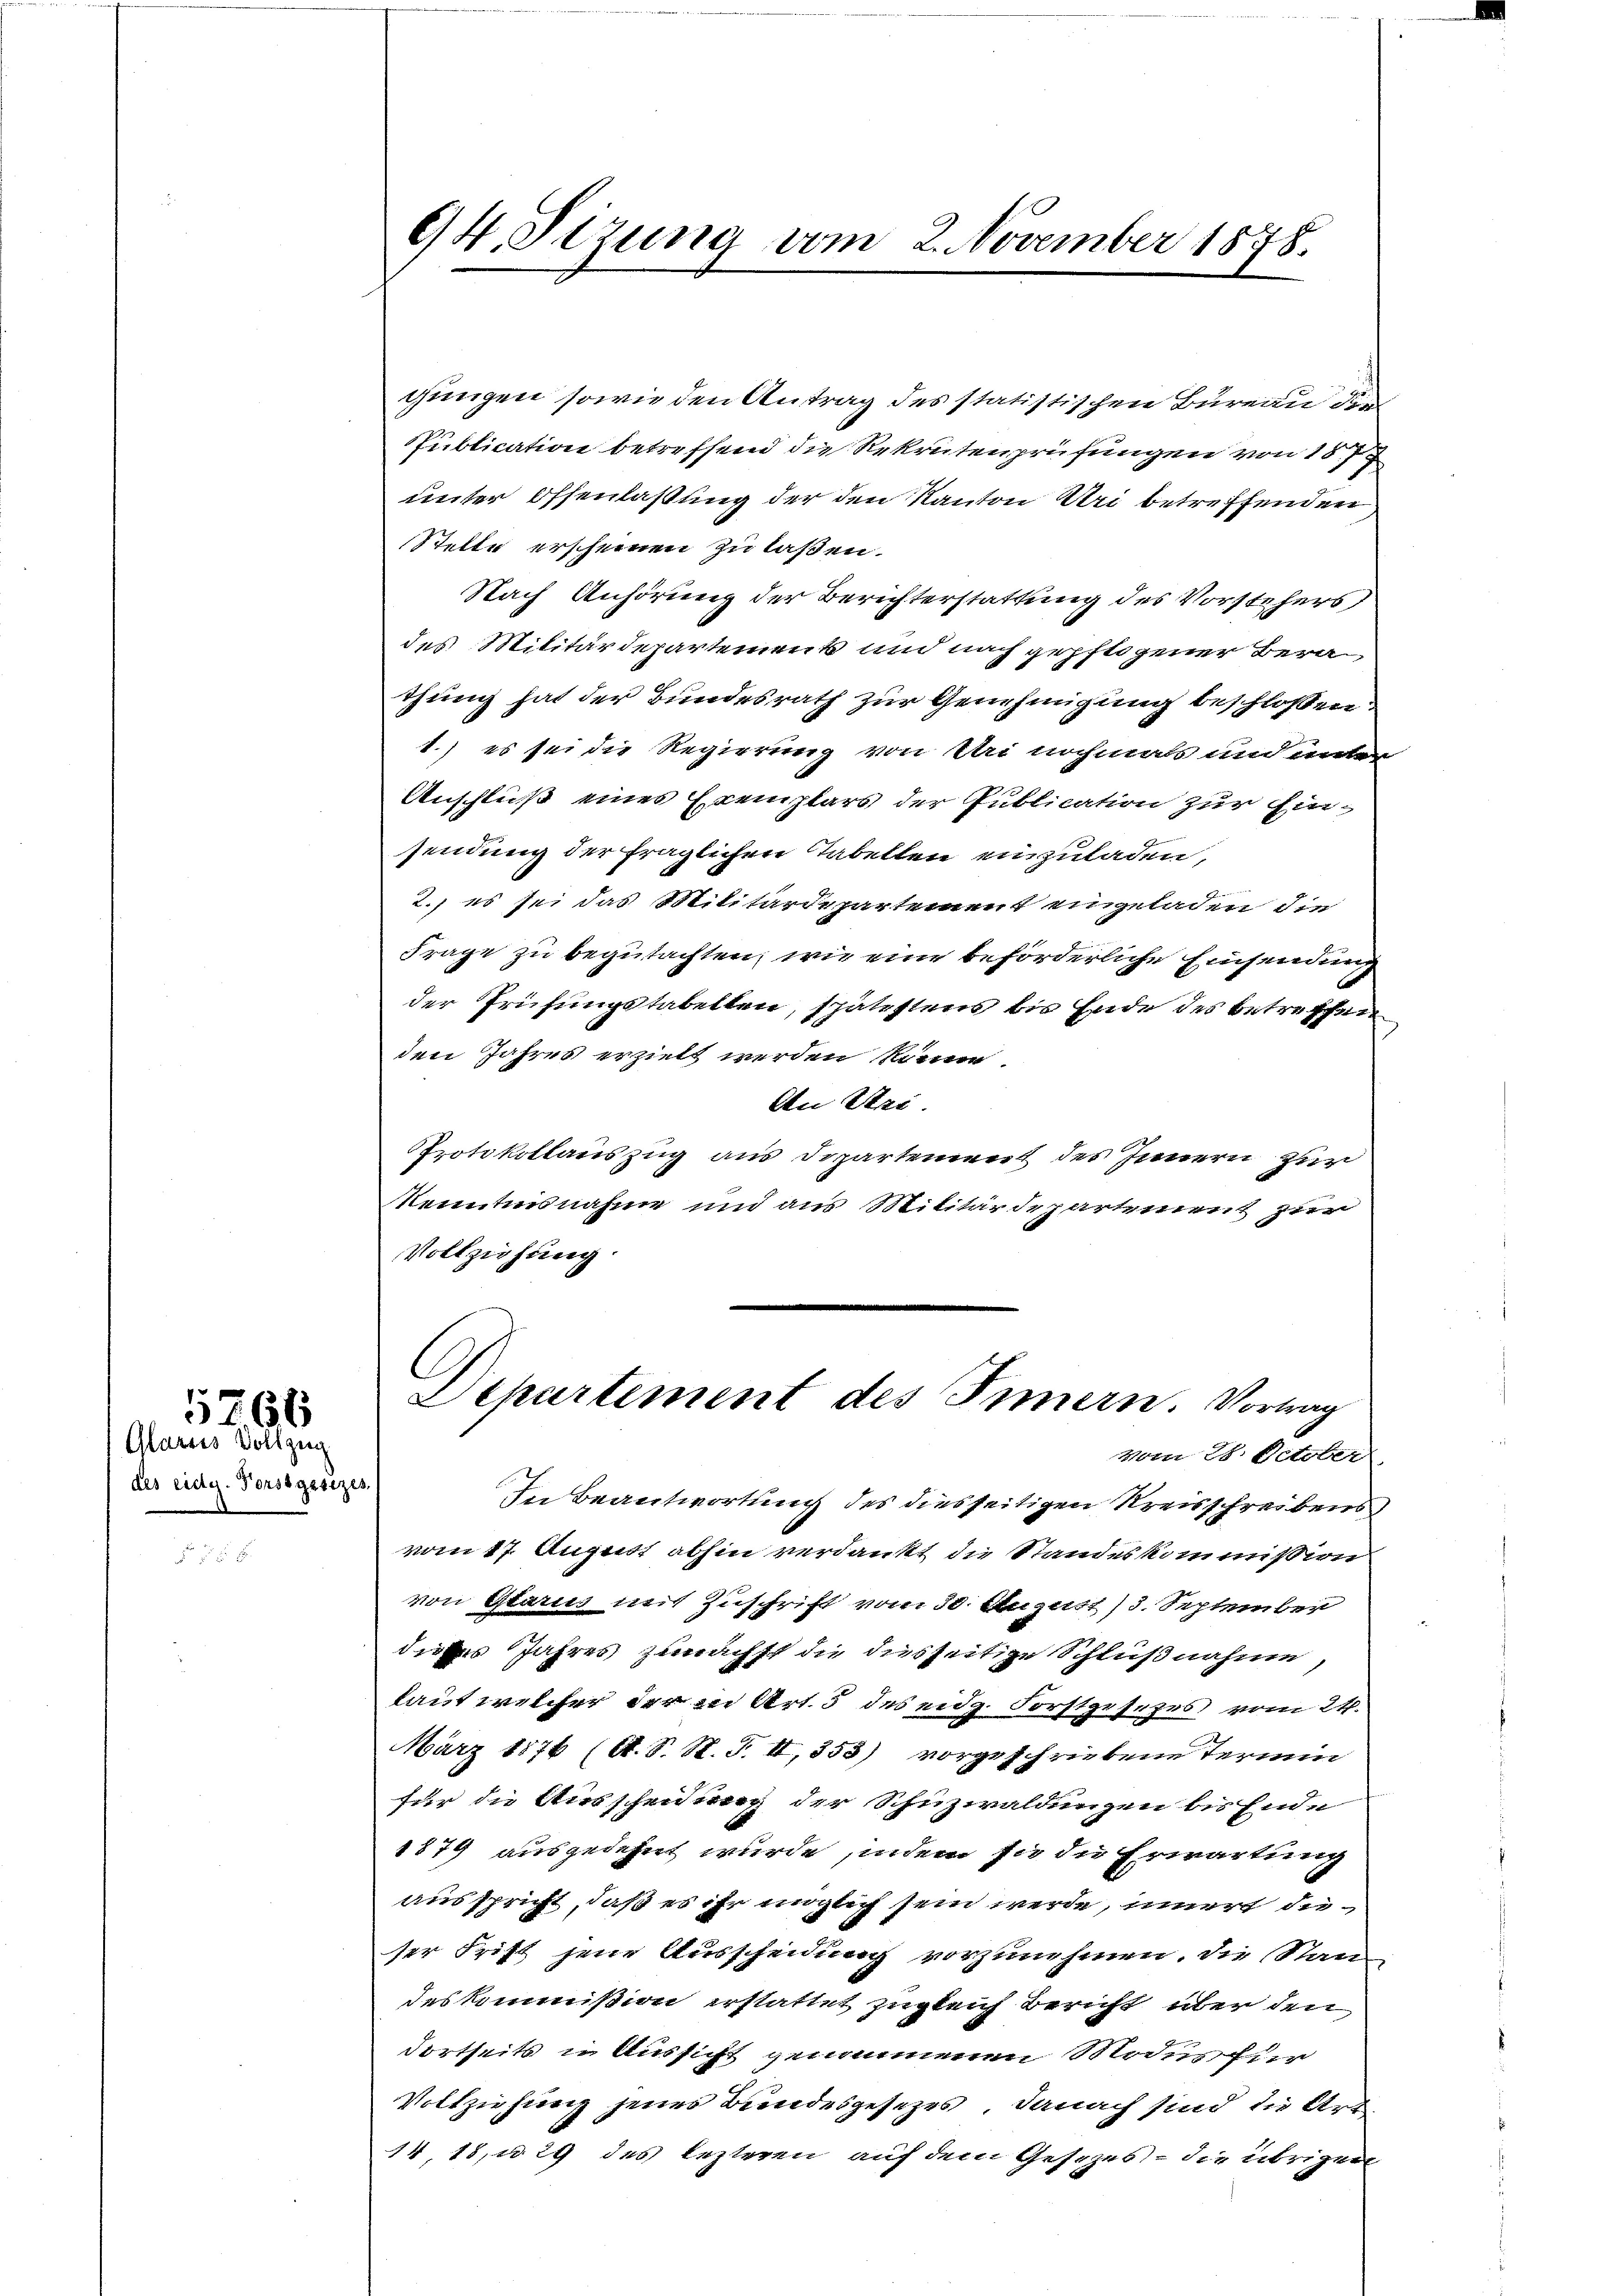
Glarus Vollzug
des eidg. Vorstgesezes

5764

gungen sowie den Antrag des statistischen Bureau die
Publication betreffend die Rekrutenprüfungen von 157
unter Offenlaßung der den Kanton Uri betreffenden
Stelle erscheinen zu laßen.
Nach Anhörung der Berichterstattung des Vorstehers
des Militärdepartement und nach gepflogener Berathung hat der Bundesrath zur Genehmigung beschlossen
1.) es sei die Regierung von dari nochmals und unter
Anschluß eines Exemplars der Publication zur Einsendung der fraglichen Tabellen einzuladen,
2. es sei das Militärdepartement einzuladen die
Frage zu begutachten, wie eine beförderliche Einsendung
der Prüfungstabellen, spätestens bis Ende des betreffen
den Jahres erzielt werden könne.
An Stri
Protokollauszug aus Departement des Innern zur
kenntnisnahme und aus Militärdepartement zur
Vollziehung.

94. Sizung vom 2. November 1878.

Departement des Innern. Vortrag
vom 28. October

In Beantwortung des diesseitigen Kreisschreibens
vom 17. August abhin verdankt die Standeskommission
von Glarus mit Zuschrift vom 30. August 13. September
dieses Jahres zunächst die desseitige Schlußnahme,
laut welcher der in Art. 5 des eidg. Forstgesezes vom 24.
März 1876 (A. S. R. F. II, 353) vorgeschriebene Termin
für die Wirtscheidung der Schuzwaldungen bis Ende
1879 ausgedehnt wurde, indem sie die Erwartung
ausspricht, daß es ihr möglich sein werde, innert die
ser Frist jene Ausscheidung vorzunehmen. Die Standes kommißion erstattet zugleich bericht über den
dortseits in Aussicht genommenen Moduschier
Vollziehung jenes Bundesgesetzes, danach sind die Art
14 18, u. 29 des lezteren auf dem Gesetzes - die übrigen